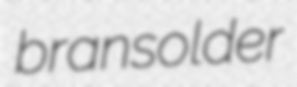
bransolder